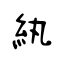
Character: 紈